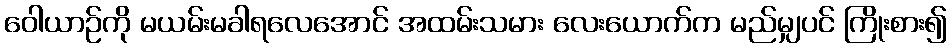
ဝေါယာဉ်ကို မယမ်းမခါရလေအောင် အထမ်းသမား လေးယောက်က မည်မျှပင် ကြိုးစား၍